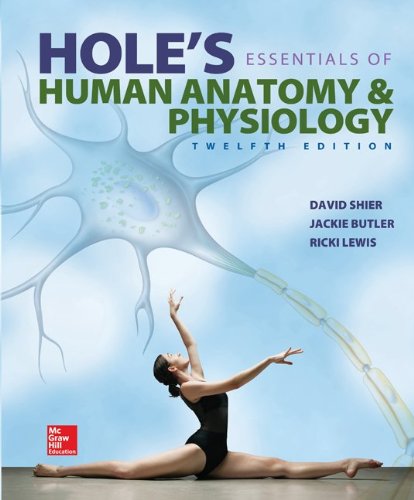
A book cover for Hole's Essentials of Human Anatomy & Physiology; David Shier; Medical Books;